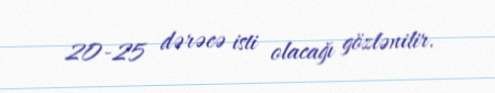
20-25 dərəcə isti olacağı gözlənilir.